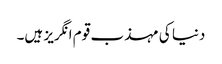
دنیا کی مہذب قوم انگریز ہیں۔